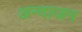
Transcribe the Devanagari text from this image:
अन्दाजन